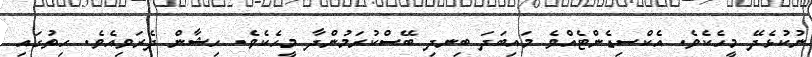
ނުކުޅެދޭ މީހެކެވެ. އެކްސިޑެންޓެއްވެ މައިބަދަ ބިނދި ބޭސްކުރަމުންދާ މީހެކެވެ. ހިޝާން ދެރަވިއެވެ. ހިތުގައި